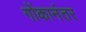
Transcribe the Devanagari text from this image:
गोंकानंतर